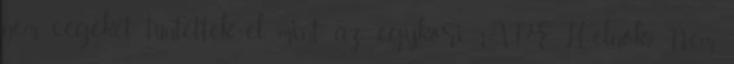
nem cégeket tüntettek el, mint az egykori APEH-elnök? Nem